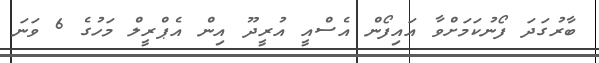
ބާރުގަދަ ފޯނުކަމަށްވާ އައިފޯން އެސްއީ އުރީދޫ އިން އެޕްރީލް މަހުގެ 6 ވަނަ